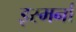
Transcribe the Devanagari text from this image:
इस्मर्ना